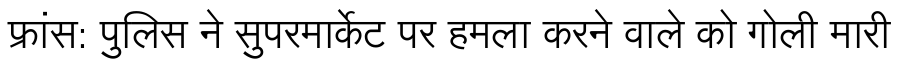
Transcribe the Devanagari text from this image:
फ्रांस: पुलिस ने सुपरमार्केट पर हमला करने वाले को गोली मारी